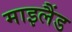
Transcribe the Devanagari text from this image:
माइलैंड